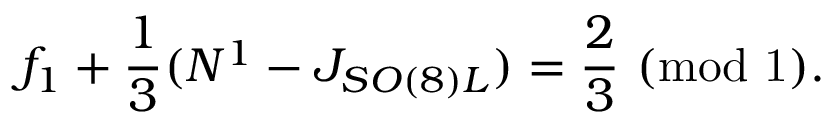
f _ { 1 } + { \frac { 1 } { 3 } } ( N ^ { 1 } - J _ { S O ( 8 ) L } ) = { \frac { 2 } { 3 } } ~ ( \mathrm { m o d ~ 1 } ) .